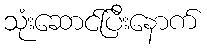
သုံးဆောင်ပြီးနောက်